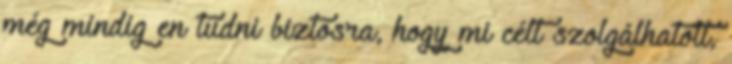
még mindig en tudni biztosra, hogy mi célt szolgálhatott,